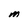
Character: M